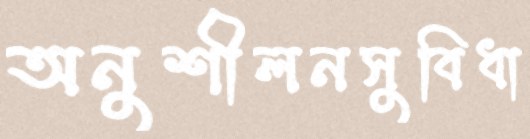
অনুশীলনসুবিধা